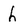
Character: h